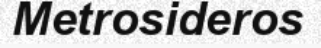
Metrosideros